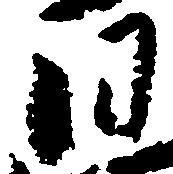
日